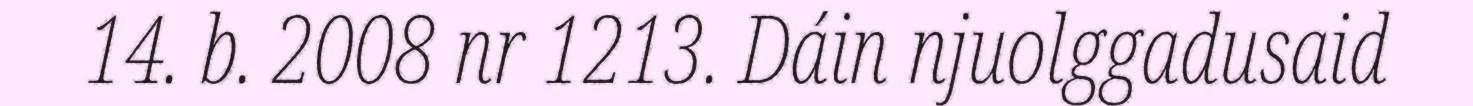
14. b. 2008 nr 1213. Dáin njuolggadusaid